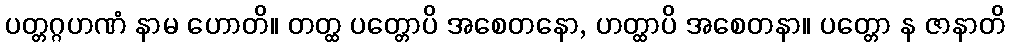
ပတ္တဂ္ဂဟဏံ နာမ ဟောတိ။ တတ္ထ ပတ္တောပိ အစေတနော, ဟတ္ထာပိ အစေတနာ။ ပတ္တော န ဇာနာတိ